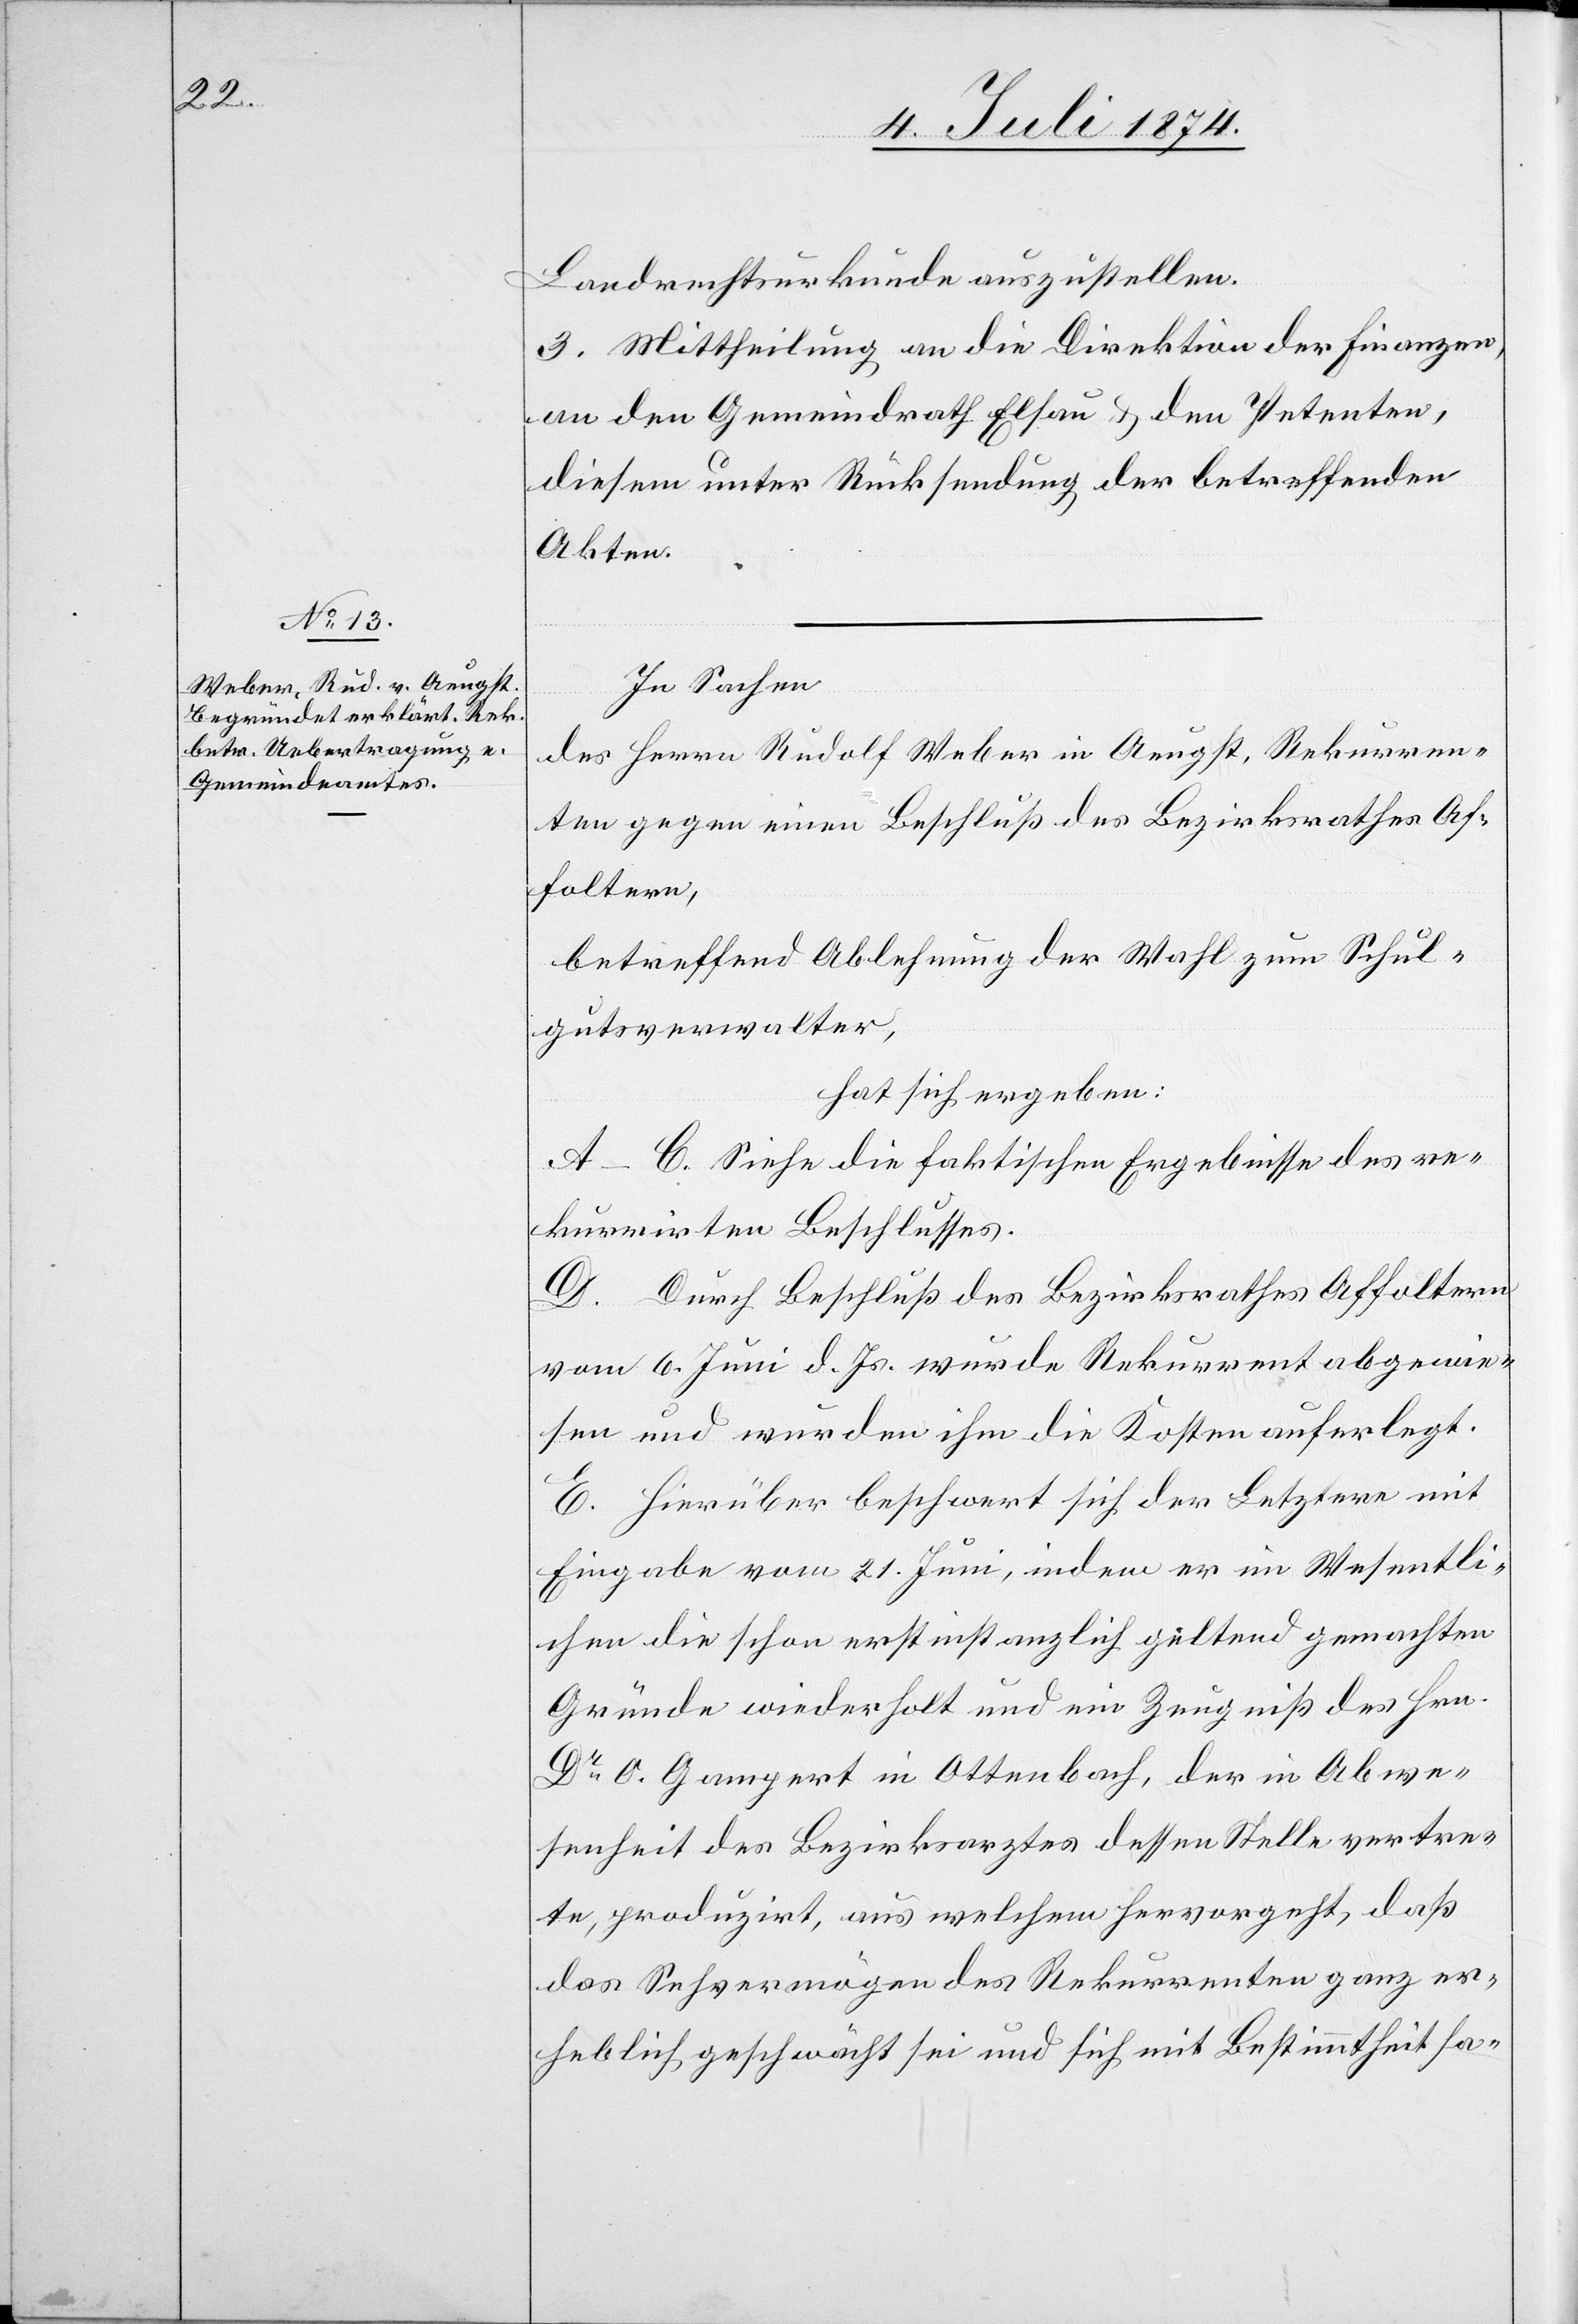
Landrechtsurkunde auszustellen.
3. Mittheilung an die Direktion der Finanzen,
an den Gemeindrath Elsau u. den Petenten,
diesem unter Rücksendung der betreffenden
Akten.
In Sachen
des Herrn Rudolf Weber in Aeugst, Rekurren¬
ten gegen einen Beschluß des Bezirksrathes Af¬
foltern,
betreffend Ablehnung der Wahl zum Schul¬
gutsverwalter,
hat sich ergeben:
A.–C. Siehe die faktischen Ergebnisse des re¬
kurrirten Beschlusses.
D. Durch Beschluß des Bezirksrathes Affoltern
vom 6. Juni d. Js. wurde Rekurrent abgewie¬
sen und wurden ihm die Kosten auferlegt.
E. Hierüber beschwert sich der Letztere mit
Eingabe vom 21. Juni, indem er im Wesentli¬
chen die schon erstinstanzlich geltend gemachten
Gründe wiederholt und ein Zeugniß des Hrn.
Dr O. Gampert in Ottenbach, der in Abwe¬
senheit des Bezirksarztes dessen Stelle vertre¬
te, produzirt, aus welchem hervorgeht, daß
das Sehvermögen des Rekurrenten ganz er¬
heblich geschwächt sei und sich mit Bestimmtheit sa-